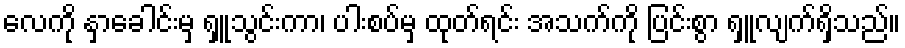
လေကို နှာခေါင်းမှ ရှူသွင်းကာ၊ ပါးစပ်မှ ထုတ်ရင်း အသက်ကို ပြင်းစွာ ရှူလျက်ရှိသည်။